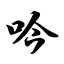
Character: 呤